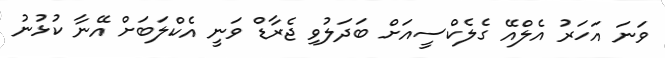
ވަނަ އަހަރު އެލްއޭ ގެލެކްސީއަށް ބަދަލުވި ޖެރާޑް ވަނީ އެކްލަބަށް އޭނާ ކުޅުނު